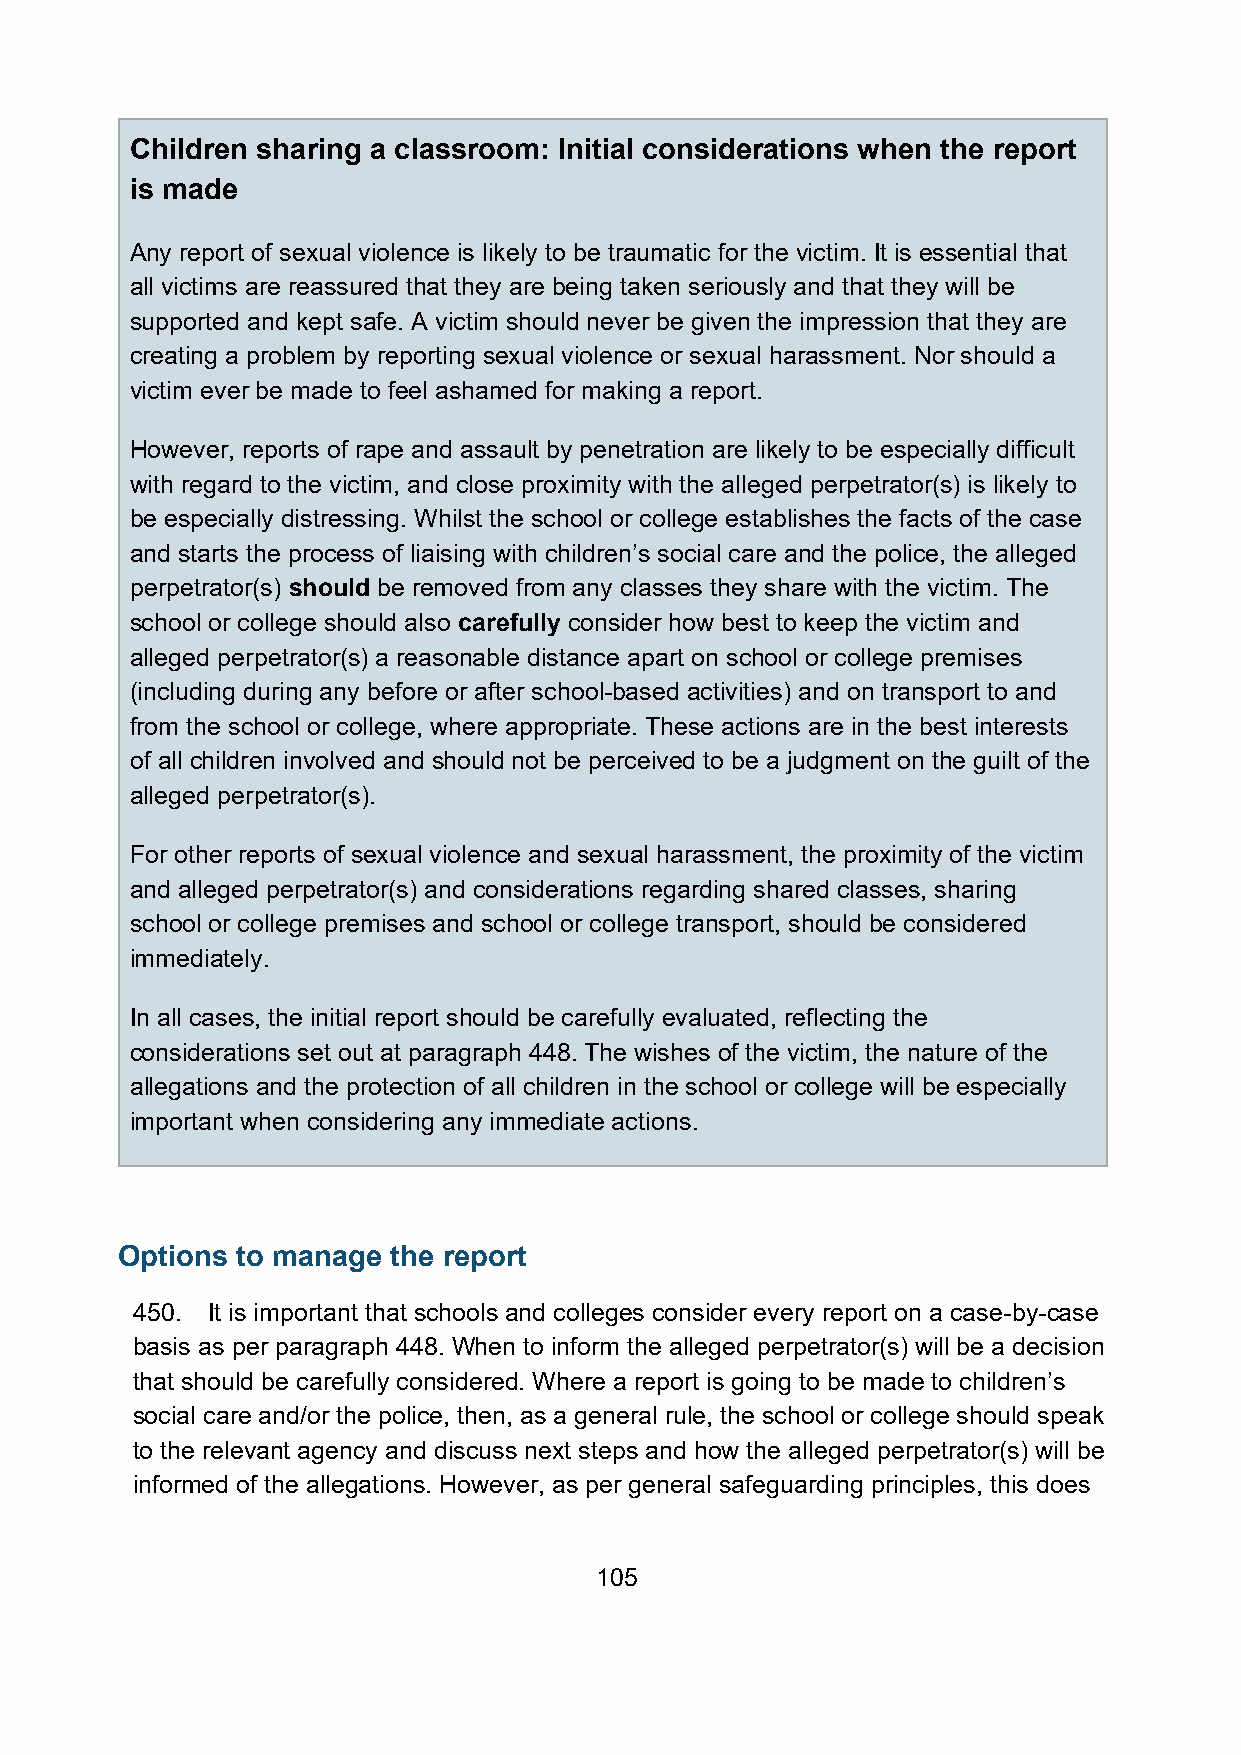
Children sharing a classroom: Initial considerations when the report
 is made
 Any report of sexual violence is likely to be traumatic for the victim. It is essential that
 all victims are reassured that they are being taken seriously and that they will be
 supported and kept safe. A victim should never be given the impression that they are
 creating a problem by reporting sexual violence or sexual harassment. Nor should a
 victim ever be made to feel ashamed for making a report.
 However, reports of rape and assault by penetration are likely to be especially difficult
 with regard to the victim, and close proximity with the alleged perpetrator(s) is likely to
 be especially distressing. Whilst the school or college establishes the facts of the case
 and starts the process of liaising with children’s social care and the police, the alleged
 perpetrator(s) should be removed from any classes they share with the victim. The
 school or college should also carefully consider how best to keep the victim and
 alleged perpetrator(s) a reasonable distance apart on school or college premises
 (including during any before or after school-based activities) and on transport to and
 from the school or college, where appropriate. These actions are in the best interests
 of all children involved and should not be perceived to be a judgment on the guilt of the
 alleged perpetrator(s).
 For other reports of sexual violence and sexual harassment, the proximity of the victim
 and alleged perpetrator(s) and considerations regarding shared classes, sharing
 school or college premises and school or college transport, should be considered
 immediately.
 In all cases, the initial report should be carefully evaluated, reflecting the
 considerations set out at paragraph 448. The wishes of the victim, the nature of the
 allegations and the protection of all children in the school or college will be especially
 important when considering any immediate actions.
 Options to manage the report
 450. It is important that schools and colleges consider every report on a case-by-case
 basis as per paragraph 448. When to inform the alleged perpetrator(s) will be a decision
 that should be carefully considered. Where a report is going to be made to children’s
 social care and/or the police, then, as a general rule, the school or college should speak
 to the relevant agency and discuss next steps and how the alleged perpetrator(s) will be
 informed of the allegations. However, as per general safeguarding principles, this does
 105